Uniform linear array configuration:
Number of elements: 64
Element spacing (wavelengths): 0.5
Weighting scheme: exponential
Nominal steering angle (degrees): -30
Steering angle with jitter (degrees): -30.259
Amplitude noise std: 0.05
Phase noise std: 0.05

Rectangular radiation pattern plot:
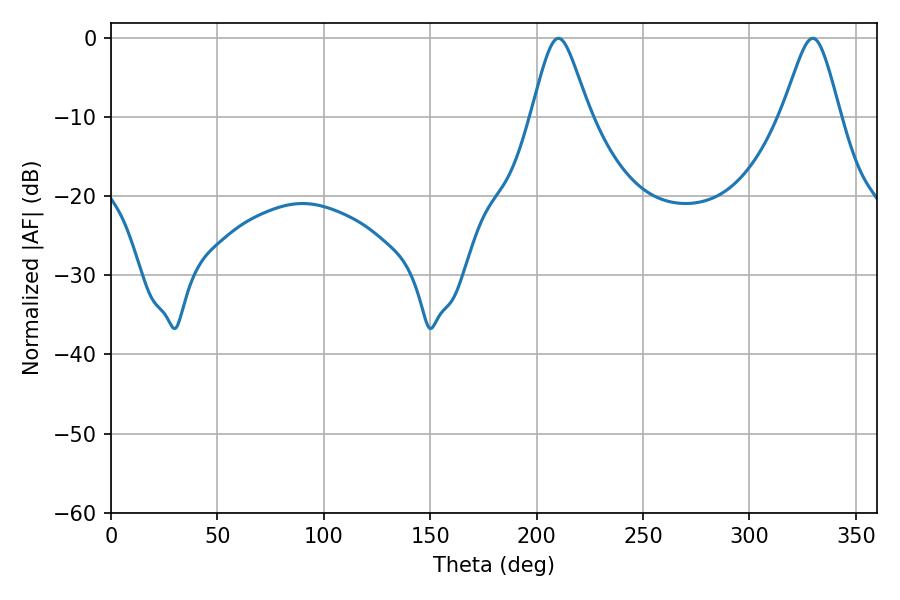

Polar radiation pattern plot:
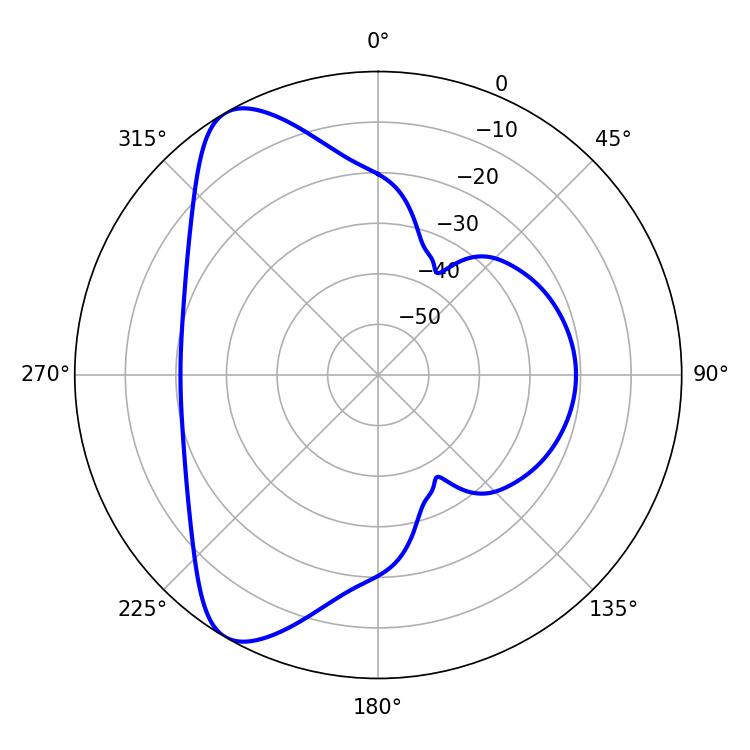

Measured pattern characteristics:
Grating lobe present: FALSE
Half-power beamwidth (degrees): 13.14
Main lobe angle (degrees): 210.24